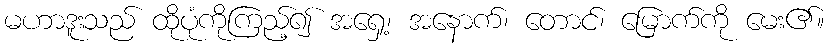
မဟာဒူးသည် ထိုပုံကိုကြည့်၍ အရှေ့၊ အနောက်၊ တောင်၊ မြောက်ကို မေး၏။